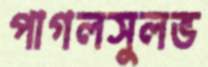
পাগলসুলভ